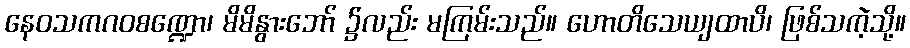
နေဝသကဂဝစဏ္ဍော၊ မိမိနွားဘော် ၌လည်း မကြမ်းသည်။ ဟောတိသေယျထာပိ၊ ဖြစ်သကဲ့သို့။